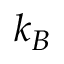
k _ { B }